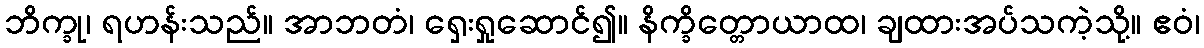
ဘိက္ခု၊ ရဟန်းသည်။ အာဘတံ၊ ရှေးရှုဆောင်၍။ နိက္ခိတ္တောယာထ၊ ချထားအပ်သကဲ့သို့။ ဧဝံ၊